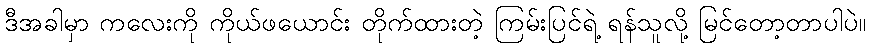
ဒီအခါမှာ ကလေးကို ကိုယ်ဖယောင်း တိုက်ထားတဲ့ ကြမ်းပြင်ရဲ့ ရန်သူလို့ မြင်တော့တာပါပဲ။